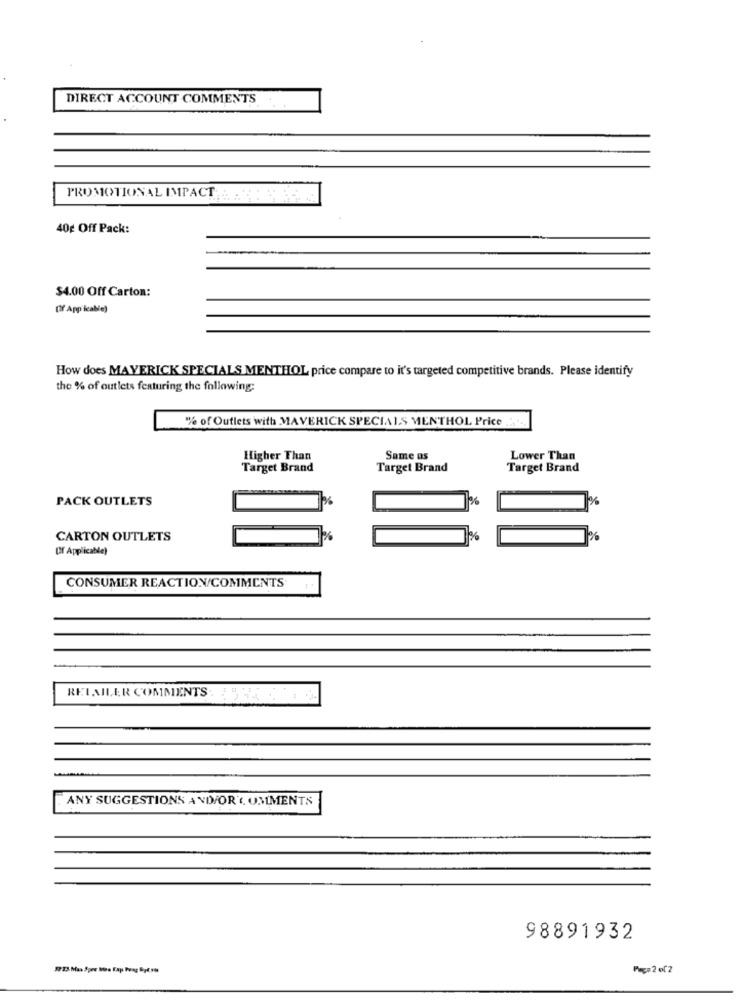
DIRECT ACCOUNT COMMENTS
PROMOTIONAL IMPACT :: : :: 5 3-
40g Off Pack:
$4.00 Off Carton:
(Of Applicable)
How does MAVERICK SPECIALS MENTHOL price compare to it's targeted competitive brands. Please identify
the % of outlets featuring the following:
% of Outlets with MAVERICK SPECIALS MENTHOL Price .....
Higher Than
Same as
Lower Than
Target Brand
Target Brand
Target Brand
PACK OUTLETS
CARTON OUTLETS
Of Applicable)
CONSUMER REACTION/COMMENTS
RETAILER COMMENTS: : 5 42 .
ANY SUGGESTIONS AND/OR COMMENTS
98891932